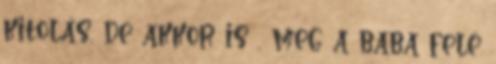
kitolás, de akkor is , meg a baba felé